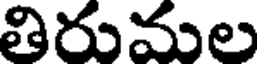
తిరుమల